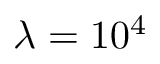
\lambda = 1 0 ^ { 4 }